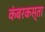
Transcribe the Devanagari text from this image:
कंबरकस्ता